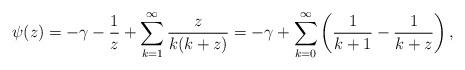
LaTeX: \begin{align*}\psi(z)=-\gamma-\frac{1}{z}+\sum_{k=1}^{\infty}\frac{z}{k(k+z)}=-\gamma+\sum_{k=0}^{\infty}\left(\frac{1}{k+1}-\frac{1}{k+z}\right),\end{align*}